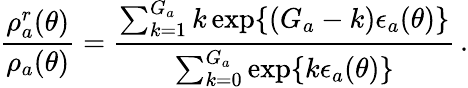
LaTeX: \frac{\rho_{a}^{r}(\theta)}{\rho_{a}(\theta)}=\frac{\sum_{k=1}^{G_{a}}k\exp\{ (G_{a}-k)\epsilon_{a}(\theta)\} }{\sum_{k=0}^{G_{a}}\exp\{ k\epsilon_{a}(\theta)\} }\, .